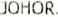
JOHOR.